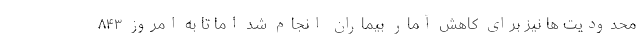
محدودیت ها نیز برای کاهش آمار بیماران انجام شد اما تا به امروز ۸۴۳